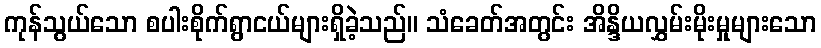
ကုန်သွယ်သော စပါးစိုက်ရွာငယ်များရှိခဲ့သည်။ သံခေတ်အတွင်း အိန္ဒိယလွှမ်းမိုးမှုများသော